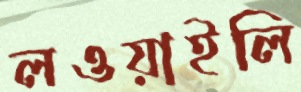
লওয়াইলি